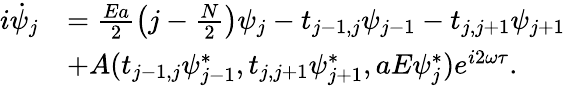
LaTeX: \begin{array}{rl}{i\dot{\psi}_{j}}&{=\frac{Ea}{2}\left(j-\frac{N}{2}\right)\psi_{j}-t_{j-1,j}\psi_{j-1}-t_{j,j+1}\psi_{j+1}}\\ &{+A(t_{j-1,j}\psi_{j-1}^{*},t_{j,j+1}\psi_{j+1}^{*},aE\psi_{j}^{*})e^{i2\omega\tau}.}\end{array}